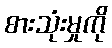
စားသုံးမှုကို